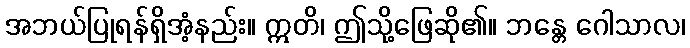
အဘယ်ပြုရန်ရှိအံ့နည်း။ ဣတိ၊ ဤသို့ဖြေဆို၏။ ဘန္တေ ဂေါသာလ၊